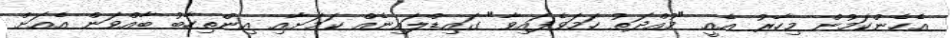
އެހެންކަމުން މިހާރު އެއީ "މުއްދަތު ހަމަވެފައިވާ" ގައިޑްލައިނެއް ކަމަށާއި އިންތިހާބު ބާއްވަން އެއަށް